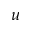
u